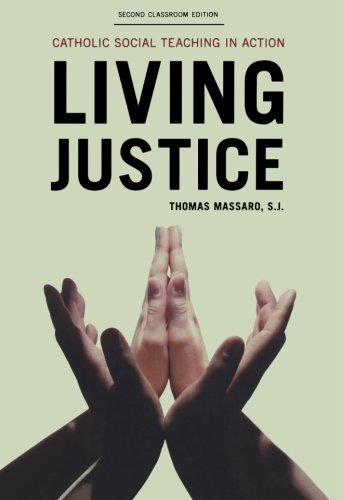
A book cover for Living Justice: Catholic Social Teaching in Action; Thomas Massaro; Religion & Spirituality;